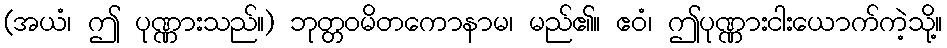
(အယံ၊ ဤ ပုဏ္ဏားသည်။) ဘုတ္တဝမိတကောနာမ၊ မည်၏။ ဧဝံ၊ ဤပုဏ္ဏားငါးယောက်ကဲ့သို့။